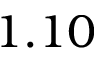
1 . 1 0